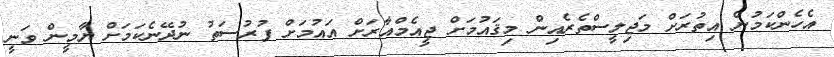
އެހެންކަމުން އިތުރަށް މަޖިލީސްތެރެއިން މިޤައުމަށް ޖީއެމްއާރަށް އައުމަށް ފުރުސަތު ނުދޭނެކަމަށް ޔާމީން ވަނީ